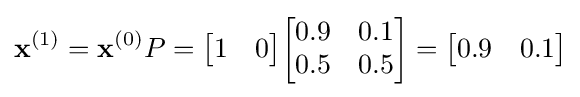
\mathbf {x} ^{(1)}=\mathbf {x} ^{(0)}P={\begin{bmatrix}1&0\end{bmatrix}}{\begin{bmatrix}0.9&0.1\\0.5&0.5\end{bmatrix}}={\begin{bmatrix}0.9&0.1\end{bmatrix}}